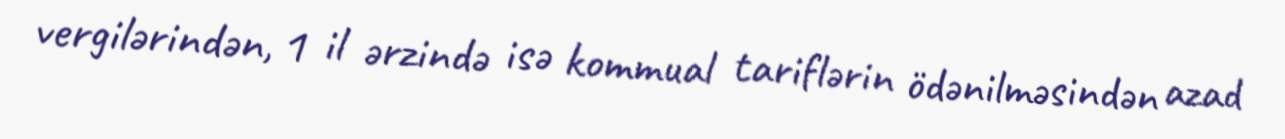
vergilərindən, 1 il ərzində isə kommual tariflərin ödənilməsindən azad